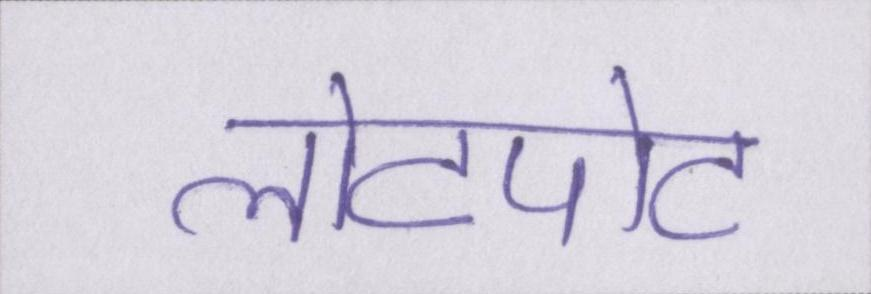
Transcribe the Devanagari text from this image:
लोटपोट